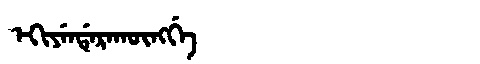
Manchu: ᡝᡴᡳᠶᡝᠨᡩᡝᡵᠠᡴᡡᠩᡤᡝ
Romanization: EKIYENDERAKŪNGGE